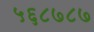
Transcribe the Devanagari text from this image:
५६८७८७